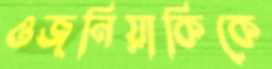
ওজনিয়াকিকে